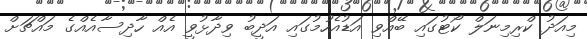
މިއަދު ކްރިމިނަލް ކޯޓުގައި ބޭއްވި އަޑުއެހުމުގައި އަދީބު ވިދާޅުވީ އެއް ހާދިސާއެއްގެ މައްޗަށް